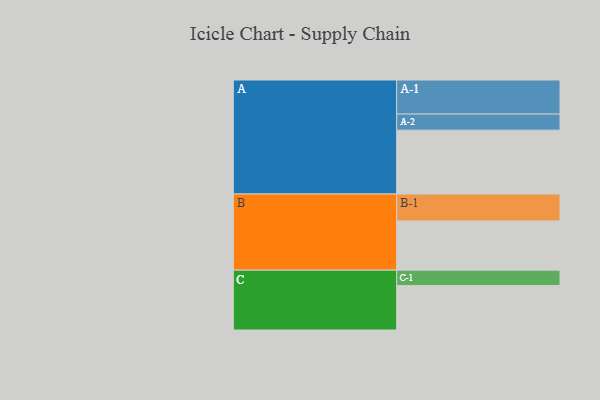
{"axis": {"x": "Segment", "y": "Value"}, "legend": ["", "A", "B", "C"], "data": [{"x": "A", "y": 501, "type": ""}, {"x": "B", "y": 386, "type": ""}, {"x": "C", "y": 349, "type": ""}, {"x": "A-1", "y": 267, "type": "A"}, {"x": "A-2", "y": 126, "type": "A"}, {"x": "B-1", "y": 211, "type": "B"}, {"x": "C-1", "y": 120, "type": "C"}]}